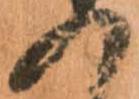
の